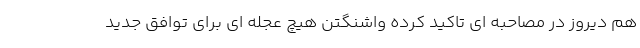
هم دیروز در مصاحبه ای تاکید کرده واشنگتن هیچ عجله ای برای توافق جدید